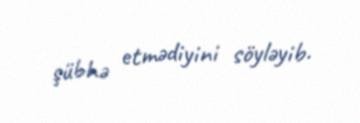
şübhə etmədiyini söyləyib.